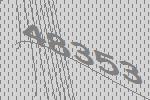
48353